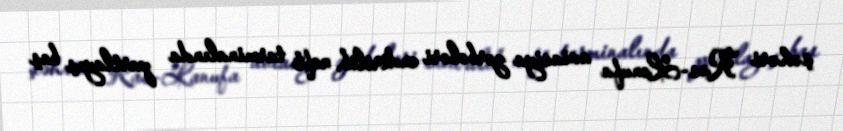
şəhəri Ras-Lanufa aviasiya zərbələri endirilib, neft terminalında partlayış baş